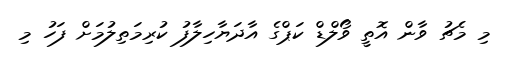
މި މެޗު ވާން އޮތީ ވޯލްޑް ކަޕްގެ އާދަޔާހިލާފު ކުރިމަތިލުމަށް ފަހު މި